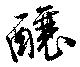
醸